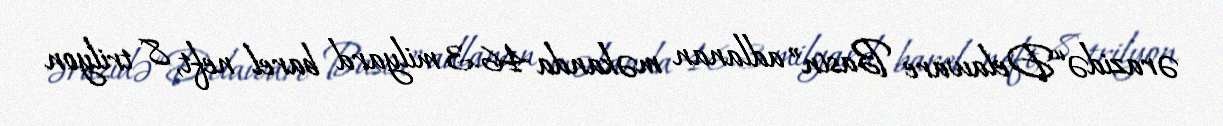
ərazidə “Delaware Basin” adlanan məkanda 46.3 milyard barel neft, 8 trilyon